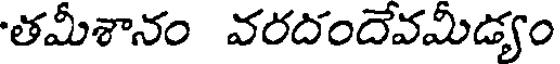
తమీశానం వరదందేవమీడ్యం